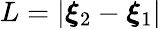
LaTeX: L=|\boldsymbol{\xi}_{2}-\boldsymbol{\xi}_{1}|